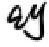
\(2y\)